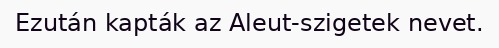
Ezután kapták az Aleut-szigetek nevet.